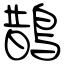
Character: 鵲